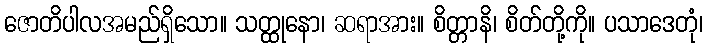
ဇောတိပါလအမည်ရှိသော။ သတ္ထုနော၊ ဆရာအား။ စိတ္တာနိ၊ စိတ်တို့ကို။ ပသာဒေတုံ၊